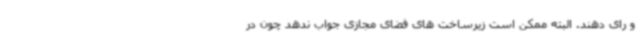
و رای دهند. البته ممکن است زیرساخت های فضای مجازی‌ جواب ندهد چون در